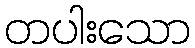
တပါးသော